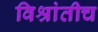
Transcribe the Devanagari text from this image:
विश्रांतीच